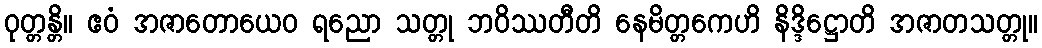
ဝုတ္တန္တိ။ ဧဝံ အဇာတောယေဝ ရညော သတ္တု ဘဝိဿတီတိ နေမိတ္တကေဟိ နိဒ္ဒိဋ္ဌောတိ အဇာတသတ္တု။